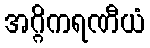
အဂ္ဂိကရဏီယံ